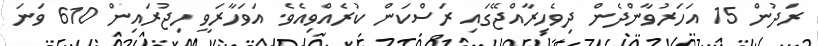
ރަދުން 15 އަހަރުވާންދެން ދިވެހިރާއްޖޭގައި ރަސްކަން ކުރެއްވިއެވެ. އަވަހާރަވީ ހިޖުރައިން 610 ވަނަ